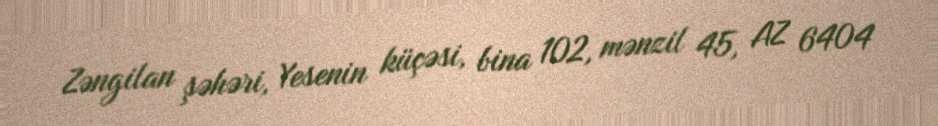
Zəngilan şəhəri, Yesenin küçəsi, bina 102, mənzil 45, AZ 6404